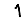
Digit: 1